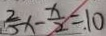
\frac { 2 } { 5 } x - \frac { x } { 2 } = 1 0